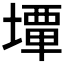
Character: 𡐧